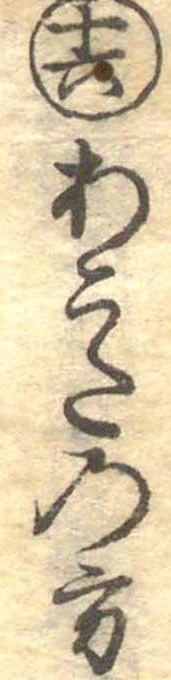
十六あこたの方